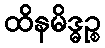
ထိနမိဒ္ဓဉ္စ